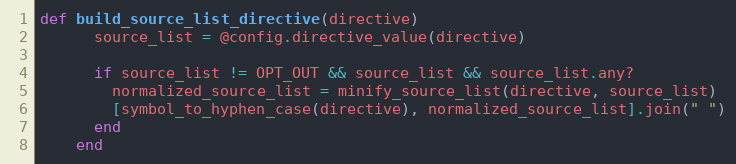
Language: Ruby
def build_source_list_directive(directive)
      source_list = @config.directive_value(directive)

      if source_list != OPT_OUT && source_list && source_list.any?
        normalized_source_list = minify_source_list(directive, source_list)
        [symbol_to_hyphen_case(directive), normalized_source_list].join(" ")
      end
    end